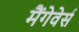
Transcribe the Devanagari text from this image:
मैंगेवेर्स